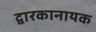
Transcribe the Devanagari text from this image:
द्वारकानायक